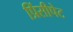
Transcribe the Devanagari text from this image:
प्रिंसीपेट